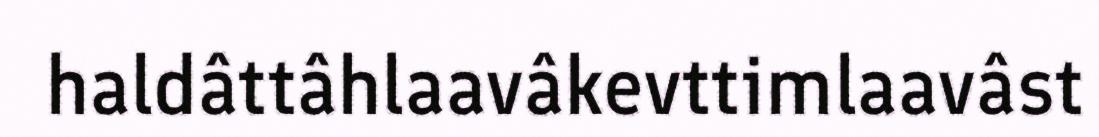
haldâttâhlaavâkevttimlaavâst